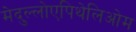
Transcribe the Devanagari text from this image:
मेदुल्लोएपिथेलिओम